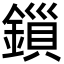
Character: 鎻